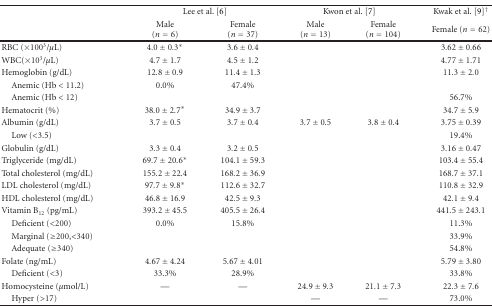
<table><thead><tr><td></td><td colspan="2"><b>Lee et al. [6]</b></td><td colspan="2"><b>Kwon et al. [7]</b></td><td><b>Kwak et al. [9]<sup>†</sup></b></td></tr><tr><td></td><td><b>Male (<i>n</i> = 6)</b></td><td><b>Female(<i>n</i> = 37)</b></td><td><b>Male (<i>n</i> = 13)</b></td><td><b>Female (<i>n</i> = 104)</b></td><td><b>Female (<i>n</i> = 62)</b></td></tr></thead><tbody><tr><td>RBC (×100<sup>3</sup>/<i>μ</i>L)</td><td>4.0 ± 0.3*</td><td>3.6 ± 0.4</td><td></td><td></td><td>3.62 ± 0.66</td></tr><tr><td>WBC(×10<sup>3</sup>/<i>μ</i>L)</td><td>4.7 ± 1.7</td><td>4.5 ± 1.2</td><td></td><td></td><td>4.77 ± 1.71</td></tr><tr><td>Hemoglobin (g/dL)</td><td>12.8 ± 0.9</td><td>11.4 ± 1.3</td><td></td><td></td><td>11.3 ± 2.0</td></tr><tr><td> Anemic (Hb &lt; 11.2)</td><td>0.0%</td><td>47.4%</td><td></td><td></td><td></td></tr><tr><td> Anemic (Hb &lt; 12)</td><td></td><td></td><td></td><td></td><td>56.7%</td></tr><tr><td>Hematocrit (%)</td><td>38.0 ± 2.7*</td><td>34.9 ± 3.7</td><td></td><td></td><td>34.7 ± 5.9</td></tr><tr><td>Albumin (g/dL)</td><td>3.7 ± 0.5</td><td>3.7 ± 0.4</td><td>3.7 ± 0.5</td><td>3.8 ± 0.4</td><td>3.75 ± 0.39</td></tr><tr><td> Low (&lt;3.5)</td><td></td><td></td><td></td><td></td><td>19.4%</td></tr><tr><td>Globulin (g/dL)</td><td>3.3 ± 0.4</td><td>3.2 ± 0.5</td><td></td><td></td><td>3.16 ± 0.47</td></tr><tr><td>Triglyceride (mg/dL)</td><td>69.7 ± 20.6*</td><td>104.1 ± 59.3</td><td></td><td></td><td>103.4 ± 55.4</td></tr><tr><td>Total cholesterol (mg/dL)</td><td>155.2 ± 22.4</td><td>168.2 ± 36.9</td><td></td><td></td><td>168.7 ± 37.1</td></tr><tr><td>LDL cholesterol (mg/dL)</td><td>97.7 ± 9.8*</td><td>112.6 ± 32.7</td><td></td><td></td><td>110.8 ± 32.9</td></tr><tr><td>HDL cholesterol (mg/dL)</td><td>46.8 ± 16.9</td><td>42.5 ± 9.3</td><td></td><td></td><td>42.1 ± 9.4</td></tr><tr><td>Vitamin B<sub>12</sub> (pg/mL)</td><td>393.2 ± 45.5</td><td>405.5 ± 26.4</td><td></td><td></td><td>441.5 ± 243.1</td></tr><tr><td> Deficient (&lt;200)</td><td>0.0%</td><td>15.8%</td><td></td><td></td><td>11.3%</td></tr><tr><td> Marginal (≥200,&lt;340)</td><td></td><td></td><td></td><td></td><td>33.9%</td></tr><tr><td> Adequate (≥340)</td><td></td><td></td><td></td><td></td><td>54.8%</td></tr><tr><td>Folate (ng/mL)</td><td>4.67 ± 4.24</td><td>5.67 ± 4.01</td><td></td><td></td><td>5.79 ± 3.80</td></tr><tr><td> Deficient (&lt;3)</td><td>33.3%</td><td>28.9%</td><td></td><td></td><td>33.8%</td></tr><tr><td>Homocysteine (<i>μ</i>mol/L)</td><td>—</td><td>—</td><td>24.9 ± 9.3</td><td>21.1 ± 7.3</td><td>22.3 ± 7.6</td></tr><tr><td> Hyper (&gt;17)</td><td></td><td></td><td>—</td><td>—</td><td>73.0%</td></tr></tbody></table>